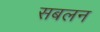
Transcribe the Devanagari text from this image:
सबलन